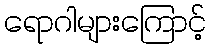
ရောဂါများကြောင့်